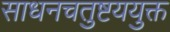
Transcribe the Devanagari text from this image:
साधनचतुष्टययुक्त